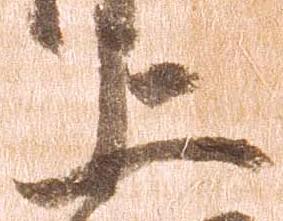
上